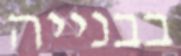
בבנייה